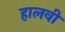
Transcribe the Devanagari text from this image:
हालवी